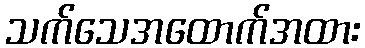
သက်သေအထောက်အထား